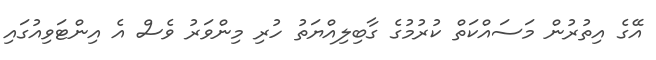
އޭގެ އިތުރުން މަސައްކަތް ކުރުމުގެ ގާބިލިއްޔަތު ހުރި މިންވަރު ވެސް އެ އިންޓަވިއުގައި